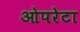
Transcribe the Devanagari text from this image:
ओपरेटा